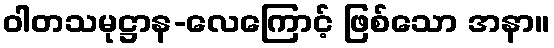
ဝါတသမုဋ္ဌာန-လေကြောင့် ဖြစ်သော အနာ။